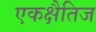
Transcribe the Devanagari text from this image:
एकक्षैतिज